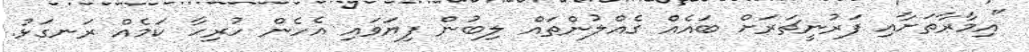
"އިމާރާތަށާއި ފަރުނީޗަރަށް ބައެއް ގެއްލުންތައް ލިބުން ފިޔަވައި އެހެން ހުރިހާ ކަމެއް ރަނގަޅު.